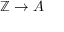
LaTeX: \mathbb { Z } \to A